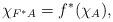
LaTeX: \begin{align*}\chi_{F^{\ast}A}=f^{\ast}(\chi_{A}),\end{align*}